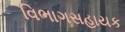
વિભાગસહાયક